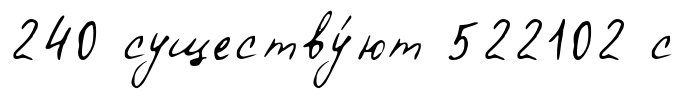
240 существу́ют 522102 с